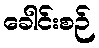
ခေါင်းစဉ်